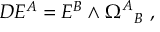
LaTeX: D E ^ { A } = E ^ { B } \wedge \Omega _ { ~ ~ B } ^ { A } ~ ,